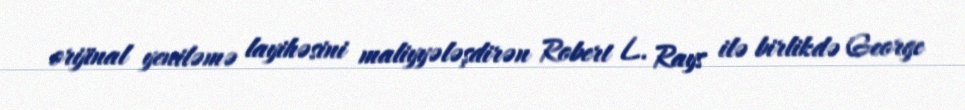
orijinal yeniləmə layihəsini maliyyələşdirən Robert L. Rays ilə birlikdə George